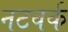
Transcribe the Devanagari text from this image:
नटवर्क